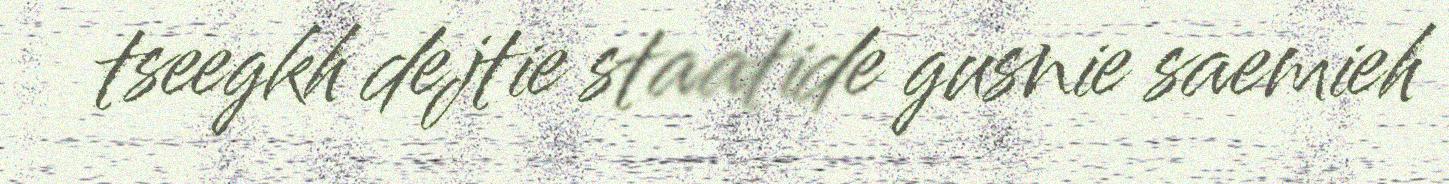
tseegkh dejtie staatide gusnie saemieh